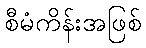
စီမံကိန်းအဖြစ်